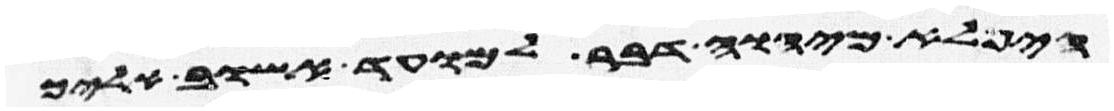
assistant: היפלא מיהוה דבר למועד אשוב אליך